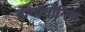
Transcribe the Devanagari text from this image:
ब्रायोथोनिक